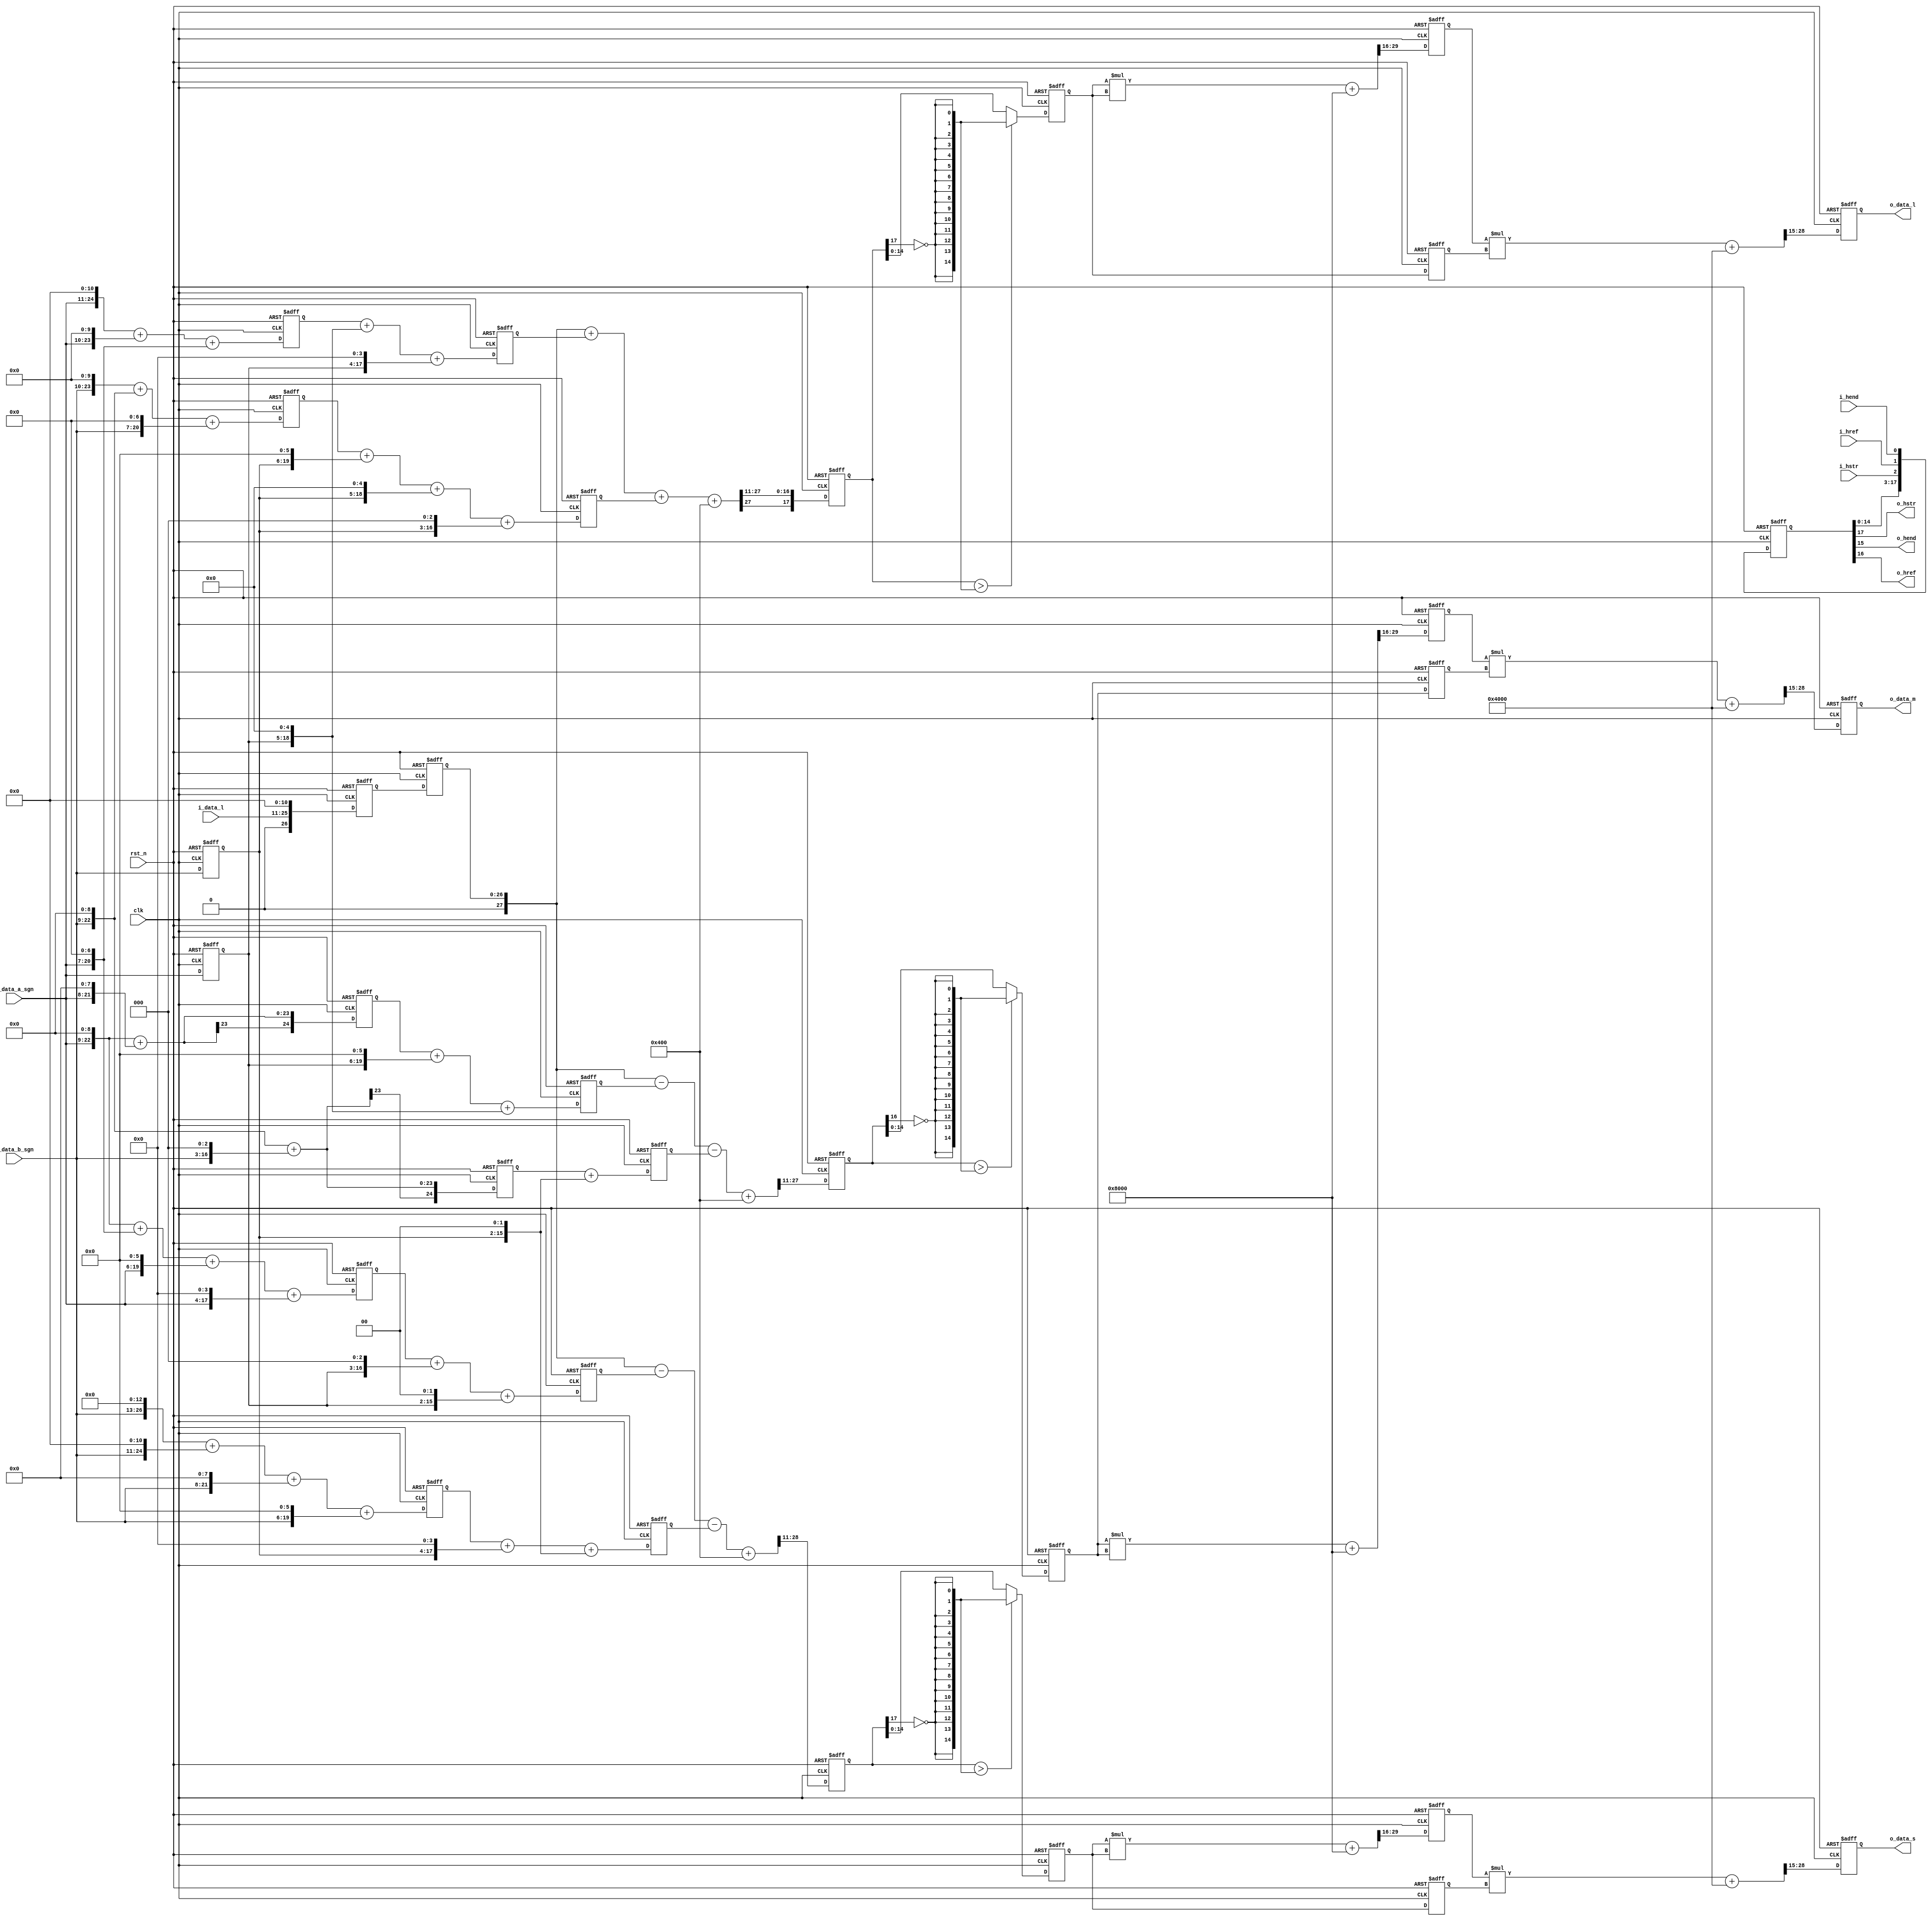
// +FHDR -----------------------------------------------------------------------
// Copyright (c) Silicon Optronics. Inc. 2022
//
//                      2.Martin Chen 
//                      3.Humphrey Lin
// Version:             1.0
//
// File Description:    OKLAB to LMS Converter
// Abbreviations:
// Parameters:          PRECISION:       S 3.11
// Data precision :     input  : L     :   0.15
//                               AB    : S 0.13
//                               LMS   :   0.15
//                               mul_1 :   0.14
//                               mul_2 :   8.6
//                      outupt :           8.6
// Consuming time :     6T  
// -FHDR -----------------------------------------------------------------------

module ip_oklab2lms 
   #(
    parameter CIIW_L    = 0,                //LAB-L Accuracy Input Integer Width   //Accuracy can be reduced , but not improved 
    parameter CIPW_L    = 15,               //LAB-L Accuracy Input Point Width     //Accuracy can be reduced , but not improved 
    parameter CIIW_AB   = 1,                //LAB-AB Accuracy Input Integer Width  //Accuracy can be reduced , but not improved 
    parameter CIPW_AB   = 13,               //LAB-AB Accuracy Input Point Width    //Accuracy can be reduced , but not improved 
    parameter CIW_LMS   = 0,                //LMS Accuracy Input Integer Width     
    parameter CPW_LMS   = 15,               //LMS Accuracy Input Point Width       
    parameter CIW_L     = CIIW_L + CIPW_L,
    parameter CIW_AB    = CIIW_AB + CIPW_AB,
    parameter CIW_STG_1 = 0,                //stage1 multi Accuracy Integer Width  //Accuracy can be changed 
    parameter CPW_STG_1 = 14,               //stage1 multi Accuracy Point Width    //Accuracy can be changed 
    parameter COIW      = 8,                //LMS Accuracy Output Integer Width    //Accuracy can be reduced , but not improved 
    parameter COPW      = 6,                //LMS Accuracy Output Point Width      //Accuracy can be reduced , but not improved 
    parameter COW       = COIW + COPW
    )
(
    
//----------------------------------------------//
// Output declaration                           //
//----------------------------------------------//
output reg   [COW-1:0]    o_data_l,
output reg   [COW-1:0]    o_data_m,
output reg   [COW-1:0]    o_data_s,
output                    o_hstr,
output                    o_hend,
output                    o_href,

//----------------------------------------------//
// Input declaration                            //
//----------------------------------------------//
input        [CIW_L-1:0]  i_data_l,
input signed [CIW_AB-1:0] i_data_a_sgn,
input signed [CIW_AB-1:0] i_data_b_sgn,
input                     i_hstr,
input                     i_hend,
input                     i_href,
input                     clk,
input                     rst_n
);

//----------------------------------------------//
// Local parameter                              //
//----------------------------------------------//
localparam          CIPW_LAB_FIX = (CIPW_L > CIPW_AB) ? CIPW_L : CIPW_AB;
localparam [4:0]    CW_LMS       = CIW_LMS + CPW_LMS;                        //total precision for lms
localparam [4:0]    SHIFT_BIT    = (11 + CIPW_LAB_FIX -CPW_LMS);             //CIPW_L and CIPW_AB will be fix

localparam [4:0]    CW_PART_1    = CIW_STG_1 + CPW_STG_1;                    //total precision for state1 multi

localparam [COW:0]  MAX_NUM      = (2**COW);

localparam [3:0]    QUE_NUM      = 6;
localparam [4:0]    QUE_TOL      = (QUE_NUM)*3-1;

localparam [2:0]    SHIFT_BIT_L  = CIPW_LAB_FIX - CIPW_L;
localparam [2:0]    SHIFT_BIT_AB = CIPW_LAB_FIX - CIPW_AB;

localparam          L_SFT_MSB    = 14 +CIW_L-SHIFT_BIT;
localparam          M_SFT_MSB    = 14 +CIW_AB-SHIFT_BIT;
localparam          S_SFT_MSB    = 15 +CIW_AB-SHIFT_BIT;

//----------------------------------------------//
// Wire declaration                             //
//----------------------------------------------//
//-------------------------------------------------------------------------------------------- common
reg         [CIW_L-1:0]                          i_data_l_q0;
reg  signed [CIW_AB-1:0]                         i_data_a_sgn_q0;
reg  signed [CIW_AB-1:0]                         i_data_b_sgn_q0;

//-------------------------------------------------------------------------------------------- color convert
reg         [12+CIPW_LAB_FIX+CIIW_L  -1: 0]      l_x2048_part_1;                   // CIPW_L and CIPW_AB will be fix
reg  signed [11+CIPW_LAB_FIX+CIIW_AB -1: 0]      a_x812_sgn_part_1;
reg  signed [10+CIPW_LAB_FIX+CIIW_AB -1: 0]      b_x442_sgn_part_1;
wire        [12+CIPW_LAB_FIX+CIIW_L  -1: 0]      l_x2048_part_1_nxt;               // CIPW_L and CIPW_AB will be fix
wire signed [11+CIPW_LAB_FIX+CIIW_AB -1: 0]      a_x812_sgn_part_1_nxt;
wire signed [10+CIPW_LAB_FIX+CIIW_AB -1: 0]      b_x442_sgn_part_1_nxt;
reg         [12+CIPW_LAB_FIX+CIIW_L  -1: 0]      l_x2048;                          // CIPW_L and CIPW_AB will be fix
wire        [12+CIPW_LAB_FIX+CIIW_L  -1: 0]      l_x2048_nxt;                      // CIPW_L and CIPW_AB will be fix
wire signed [13+CIPW_LAB_FIX+CIIW_L  -1: 0]      l_x2048_sgn;
reg  signed [11+CIPW_LAB_FIX+CIIW_AB -1: 0]      a_x812_sgn;
reg  signed [10+CIPW_LAB_FIX+CIIW_AB -1: 0]      b_x442_sgn;
wire signed [11+CIPW_LAB_FIX+CIIW_AB -1: 0]      a_x812_sgn_nxt;
wire signed [10+CIPW_LAB_FIX+CIIW_AB -1: 0]      b_x442_sgn_nxt;
wire signed [SHIFT_BIT:0]                        l_x2048_rnd_sgn;
reg  signed [L_SFT_MSB-1 :0]                     l_x2048_sft_sgn;
wire signed [L_SFT_MSB-1 :0]                     l_x2048_sft_sgn_nxt;
wire                                             l_x2048_bdy;

reg  signed [9 +CIPW_LAB_FIX+CIIW_AB -1: 0]      a_x216_sgn_part_1;
reg  signed [9 +CIPW_LAB_FIX+CIIW_AB -1: 0]      b_x131_sgn_part_1;
wire signed [9 +CIPW_LAB_FIX+CIIW_AB -1: 0]      a_x216_sgn_part_1_nxt;
wire signed [9 +CIPW_LAB_FIX+CIIW_AB -1: 0]      b_x131_sgn_part_1_nxt;
reg  signed [9 +CIPW_LAB_FIX+CIIW_AB -1: 0]      a_x216_sgn;
reg  signed [9 +CIPW_LAB_FIX+CIIW_AB -1: 0]      b_x131_sgn;
wire signed [9 +CIPW_LAB_FIX+CIIW_AB -1: 0]      a_x216_sgn_nxt;
wire signed [9 +CIPW_LAB_FIX+CIIW_AB -1: 0]      b_x131_sgn_nxt;
wire signed [SHIFT_BIT  :0]                      m_x2048_rnd_sgn;
reg  signed [M_SFT_MSB-1 :0]                     m_x2048_sft_sgn;
wire signed [M_SFT_MSB-1 :0]                     m_x2048_sft_sgn_nxt;
wire                                             m_x2048_bdy;

reg  signed [9 +CIPW_LAB_FIX+CIIW_AB -1: 0]      a_x183_sgn_part_1;
reg  signed [13+CIPW_LAB_FIX+CIIW_AB -1: 0]      b_x2645_sgn_part_1;
wire signed [9 +CIPW_LAB_FIX+CIIW_AB -1: 0]      a_x183_sgn_part_1_nxt;
wire signed [13+CIPW_LAB_FIX+CIIW_AB -1: 0]      b_x2645_sgn_part_1_nxt;
reg  signed [9 +CIPW_LAB_FIX+CIIW_AB -1: 0]      a_x183_sgn;
reg  signed [13+CIPW_LAB_FIX+CIIW_AB -1: 0]      b_x2645_sgn;
wire signed [9 +CIPW_LAB_FIX+CIIW_AB -1: 0]      a_x183_sgn_nxt;
wire signed [13+CIPW_LAB_FIX+CIIW_AB -1: 0]      b_x2645_sgn_nxt;
wire signed [SHIFT_BIT  :0]                      s_x2048_rnd_sgn;
reg  signed [S_SFT_MSB -1 :0]                    s_x2048_sft_sgn;
wire signed [S_SFT_MSB -1 :0]                    s_x2048_sft_sgn_nxt;
wire                                             s_x2048_bdy;

//-------------------------------------------------------------------------------------------- cubic calculation 
wire        [CPW_LMS*2-1 :0]                     stg_1_rnd;
wire        [CPW_STG_1+CPW_LMS-1 :0]             stg_2_rnd;

wire        [CW_LMS-1 :0]                        l_mul_stg_0_nxt;
wire        [CW_LMS-1 :0]                        m_mul_stg_0_nxt;
wire        [CW_LMS-1 :0]                        s_mul_stg_0_nxt;
reg         [CW_LMS-1 :0]                        l_mul_stg_0;
reg         [CW_LMS-1 :0]                        m_mul_stg_0;
reg         [CW_LMS-1 :0]                        s_mul_stg_0;
reg         [CW_LMS-1 :0]                        l_mul_stg_0_q;
reg         [CW_LMS-1 :0]                        m_mul_stg_0_q;
reg         [CW_LMS-1 :0]                        s_mul_stg_0_q;

wire        [CW_LMS+CW_LMS-1 :0]                 l_mul_part_1;
wire        [CW_LMS+CW_LMS-1 :0]                 m_mul_part_1;
wire        [CW_LMS+CW_LMS-1 :0]                 s_mul_part_1;

reg         [CW_PART_1-1 :0]                     l_mul_part_1_pt; 
reg         [CW_PART_1-1 :0]                     m_mul_part_1_pt; 
reg         [CW_PART_1-1 :0]                     s_mul_part_1_pt;

wire        [CW_PART_1-1 :0]                     l_mul_part_1_pt_nxt; 
wire        [CW_PART_1-1 :0]                     m_mul_part_1_pt_nxt; 
wire        [CW_PART_1-1 :0]                     s_mul_part_1_pt_nxt; 

wire        [CW_PART_1 +CW_LMS-1 :0]             l_mul; 
wire        [CW_PART_1 +CW_LMS-1 :0]             m_mul; 
wire        [CW_PART_1 +CW_LMS-1 :0]             s_mul; 

//-------------------------------------------------------------------------------------------- output
wire        [COW-1 :0]                           o_data_l_nxt; 
wire        [COW-1 :0]                           o_data_m_nxt; 
wire        [COW-1 :0]                           o_data_s_nxt; 

reg         [QUE_TOL:0]                          out_que;
wire        [QUE_TOL:0]                          out_que_nxt;
//----------------------------------------------//
// Code Descriptions                            //
//----------------------------------------------//
//-------------------------------------------------------------------------------------------- common


//-------------------------------------------------------------------------------------------- color convert
// 11 bit precision
// L = 1*L+ 0.396484375*a + 0.2158203125*b
// L = (2048/2048)*L+ (812/2048)*a + (442/2048)*b

assign  l_x2048_part_1_nxt     = (i_data_l <<(11 +SHIFT_BIT_L));
assign  a_x812_sgn_part_1_nxt  = (i_data_a_sgn <<(9 +SHIFT_BIT_AB)) + (i_data_a_sgn <<(8 +SHIFT_BIT_AB))    + (i_data_a_sgn <<(5 +SHIFT_BIT_AB));
assign  b_x442_sgn_part_1_nxt  = (i_data_b_sgn <<(8 +SHIFT_BIT_AB)) + (i_data_b_sgn <<(7 +SHIFT_BIT_AB))    + (i_data_b_sgn <<(5 +SHIFT_BIT_AB));

assign  l_x2048_nxt            = l_x2048_part_1;
assign  a_x812_sgn_nxt         = a_x812_sgn_part_1                  + (i_data_a_sgn_q0 <<(3 +SHIFT_BIT_AB)) + (i_data_a_sgn_q0 <<(2 +SHIFT_BIT_AB));
assign  b_x442_sgn_nxt         = b_x442_sgn_part_1                  + (i_data_b_sgn_q0 <<(4 +SHIFT_BIT_AB)) + (i_data_b_sgn_q0 <<(3 +SHIFT_BIT_AB)) + 
                                 (i_data_b_sgn_q0 <<(1 +SHIFT_BIT_AB));

assign  l_x2048_sgn            = $signed({1'b0,l_x2048});
assign  l_x2048_rnd_sgn        = $signed({1'b0,1'b1,{(SHIFT_BIT -1){1'b0}}});
assign  l_x2048_sft_sgn_nxt    = $signed(l_x2048_sgn + a_x812_sgn + b_x442_sgn + l_x2048_rnd_sgn) >>> SHIFT_BIT;
assign  l_x2048_bdy            = l_x2048_sft_sgn > $unsigned({CW_LMS{!l_x2048_sft_sgn[L_SFT_MSB-1]}});                       //boundary //compare to msb 
assign  l_mul_stg_0_nxt        = (l_x2048_bdy ? {CW_LMS{!l_x2048_sft_sgn[L_SFT_MSB-1]}} : $unsigned(l_x2048_sft_sgn));       //0~255 //maybe overflow or underflow 
                    
// M = 1*L+ -0.10546875*a + -0.06396484375*b
// M = (2048/2048)*L+ (-216/2048)*a + (-131/2048)*b

assign  a_x216_sgn_part_1_nxt  = (i_data_a_sgn <<(7 +SHIFT_BIT_AB)) + (i_data_a_sgn <<(6 +SHIFT_BIT_AB));
assign  b_x131_sgn_part_1_nxt  = (i_data_b_sgn <<(7 +SHIFT_BIT_AB)) + (i_data_b_sgn <<(1 +SHIFT_BIT_AB));

assign  a_x216_sgn_nxt         = a_x216_sgn_part_1                  + (i_data_a_sgn_q0 <<(4 +SHIFT_BIT_AB)) + (i_data_a_sgn_q0 <<(3 +SHIFT_BIT_AB));
assign  b_x131_sgn_nxt         = b_x131_sgn_part_1                  + (i_data_b_sgn_q0 <<(SHIFT_BIT_AB)) ;

assign  m_x2048_rnd_sgn        = $signed({1'b0,1'b1,{(SHIFT_BIT -1){1'b0}}});
assign  m_x2048_sft_sgn_nxt    = $signed(l_x2048_sgn - a_x216_sgn - b_x131_sgn + m_x2048_rnd_sgn) >>> SHIFT_BIT;
assign  m_x2048_bdy            = m_x2048_sft_sgn > $unsigned({CW_LMS{!m_x2048_sft_sgn[M_SFT_MSB-1]}});                       //boundary 
assign  m_mul_stg_0_nxt        = (m_x2048_bdy ? {CW_LMS{!m_x2048_sft_sgn[M_SFT_MSB-1]}} : $unsigned(m_x2048_sft_sgn));       //0~255 //maybe overflow or underflow 

// S = 1*L+ -0.08935546875*a + -1.29150390625*b
// S = (2048/2048)*L+ (-183/2048)*a + (-2645/2048)*b

assign  a_x183_sgn_part_1_nxt  = (i_data_a_sgn <<(7 +SHIFT_BIT_AB))  + (i_data_a_sgn <<(5 +SHIFT_BIT_AB))    + (i_data_a_sgn <<(4 +SHIFT_BIT_AB)) + (i_data_a_sgn <<(2 +SHIFT_BIT_AB));
assign  b_x2645_sgn_part_1_nxt = (i_data_b_sgn <<(11 +SHIFT_BIT_AB)) + (i_data_b_sgn <<(9 +SHIFT_BIT_AB))    + (i_data_b_sgn <<(6 +SHIFT_BIT_AB)) + (i_data_b_sgn <<(4 +SHIFT_BIT_AB));
  
assign  a_x183_sgn_nxt         = a_x183_sgn_part_1                   + (i_data_a_sgn_q0 <<(1 +SHIFT_BIT_AB)) + (i_data_a_sgn_q0 <<(SHIFT_BIT_AB));
assign  b_x2645_sgn_nxt        = b_x2645_sgn_part_1                  + (i_data_b_sgn_q0 <<(2 +SHIFT_BIT_AB)) + (i_data_b_sgn_q0 <<(SHIFT_BIT_AB));

assign  s_x2048_rnd_sgn        = $signed({1'b0,1'b1,{(SHIFT_BIT -1){1'b0}}});
assign  s_x2048_sft_sgn_nxt    = $signed(l_x2048_sgn - a_x183_sgn - b_x2645_sgn + s_x2048_rnd_sgn) >>> SHIFT_BIT;
assign  s_x2048_bdy            = s_x2048_sft_sgn > $unsigned({CW_LMS{!s_x2048_sft_sgn[S_SFT_MSB-1]}});                      //boundary 
assign  s_mul_stg_0_nxt        = (s_x2048_bdy ? {CW_LMS{!s_x2048_sft_sgn[S_SFT_MSB-1]}} : $unsigned(s_x2048_sft_sgn));      //0~255 //maybe overflow or underflow 

//-------------------------------------------------------------------------------------------- cubic calculation 
assign stg_1_rnd               = 1'b1 << (CPW_LMS*2-CPW_STG_1-1);
assign stg_2_rnd               = 1'b1 << (CPW_STG_1+CPW_LMS-COW-1); //COPW

assign l_mul_part_1            = l_mul_stg_0 * l_mul_stg_0 + stg_1_rnd; 
assign l_mul_part_1_pt_nxt     = l_mul_part_1[CW_LMS+CW_LMS-1 -: CW_PART_1]; //0.14
assign l_mul                   = l_mul_part_1_pt * l_mul_stg_0_q + stg_2_rnd;      
assign o_data_l_nxt            = l_mul[CW_PART_1 +CW_LMS-1 -: COW];   //0.14 //-2

assign m_mul_part_1            = m_mul_stg_0 * m_mul_stg_0 + stg_1_rnd; 
assign m_mul_part_1_pt_nxt     = m_mul_part_1[CW_LMS+CW_LMS-1 -: CW_PART_1]; //0.14
assign m_mul                   = m_mul_part_1_pt * m_mul_stg_0_q + stg_2_rnd;
assign o_data_m_nxt            = m_mul[CW_PART_1 +CW_LMS-1 -: COW];   //0.14 //-2

assign s_mul_part_1            = s_mul_stg_0 * s_mul_stg_0 + stg_1_rnd; 
assign s_mul_part_1_pt_nxt     = s_mul_part_1[CW_LMS+CW_LMS-1 -: CW_PART_1]; //0.14
assign s_mul                   = s_mul_part_1_pt * s_mul_stg_0_q + stg_2_rnd; 
assign o_data_s_nxt            = s_mul[CW_PART_1 +CW_LMS-1 -: COW];   //0.14 //-2

//-------------------------------------------------------------------------------------------- output 
assign out_que_nxt             = {out_que[QUE_TOL:0] , i_hstr,i_href,i_hend};
assign o_hstr                  = out_que[QUE_TOL];
assign o_href                  = out_que[QUE_TOL-1];
assign o_hend                  = out_que[QUE_TOL-2];

always@(posedge clk or negedge rst_n)begin
    if (!rst_n) begin
        i_data_l_q0        <= 0;
        i_data_a_sgn_q0    <= 0;
        i_data_b_sgn_q0    <= 0;

//-------------------------------------------------------------------------------------------- color convert
        l_x2048_part_1     <= 0;
        a_x812_sgn_part_1  <= 0;
        b_x442_sgn_part_1  <= 0;
        l_x2048            <= 0;
        a_x812_sgn         <= 0;
        b_x442_sgn         <= 0;

        a_x216_sgn_part_1  <= 0;
        b_x131_sgn_part_1  <= 0;
        a_x216_sgn         <= 0;
        b_x131_sgn         <= 0;
        
        a_x183_sgn_part_1  <= 0;
        b_x2645_sgn_part_1 <= 0;
        a_x183_sgn         <= 0;
        b_x2645_sgn        <= 0;
        
        l_x2048_sft_sgn    <= 0;
        m_x2048_sft_sgn    <= 0;
        s_x2048_sft_sgn    <= 0;
        
//-------------------------------------------------------------------------------------------- cubic calculation 
        l_mul_stg_0        <= 0;
        m_mul_stg_0        <= 0;
        s_mul_stg_0        <= 0;
        l_mul_stg_0_q      <= 0;
        m_mul_stg_0_q      <= 0;
        s_mul_stg_0_q      <= 0;    
        l_mul_part_1_pt    <= 0;
        m_mul_part_1_pt    <= 0;
        s_mul_part_1_pt    <= 0;
        
//-------------------------------------------------------------------------------------------- output
        o_data_l           <= 0;
        o_data_m           <= 0;
        o_data_s           <= 0;
        out_que            <= 0;

    end
    else begin
        i_data_l_q0        <= i_data_l;
        i_data_a_sgn_q0    <= i_data_a_sgn;
        i_data_b_sgn_q0    <= i_data_b_sgn;
        
//-------------------------------------------------------------------------------------------- color convert
        l_x2048_part_1     <= l_x2048_part_1_nxt;
        a_x812_sgn_part_1  <= a_x812_sgn_part_1_nxt;
        b_x442_sgn_part_1  <= b_x442_sgn_part_1_nxt; 
        l_x2048            <= l_x2048_nxt;
        a_x812_sgn         <= a_x812_sgn_nxt; 
        b_x442_sgn         <= b_x442_sgn_nxt; 

        a_x216_sgn_part_1  <= a_x216_sgn_part_1_nxt; 
        b_x131_sgn_part_1  <= b_x131_sgn_part_1_nxt; 
        a_x216_sgn         <= a_x216_sgn_nxt; 
        b_x131_sgn         <= b_x131_sgn_nxt; 
        
        a_x183_sgn_part_1  <= a_x183_sgn_part_1_nxt; 
        b_x2645_sgn_part_1 <= b_x2645_sgn_part_1_nxt;
        a_x183_sgn         <= a_x183_sgn_nxt; 
        b_x2645_sgn        <= b_x2645_sgn_nxt;

        l_x2048_sft_sgn    <= l_x2048_sft_sgn_nxt;
        m_x2048_sft_sgn    <= m_x2048_sft_sgn_nxt;
        s_x2048_sft_sgn    <= s_x2048_sft_sgn_nxt;
        
//-------------------------------------------------------------------------------------------- cubic calculation 
        l_mul_stg_0        <= l_mul_stg_0_nxt;
        m_mul_stg_0        <= m_mul_stg_0_nxt;
        s_mul_stg_0        <= s_mul_stg_0_nxt;
        l_mul_stg_0_q      <= l_mul_stg_0;
        m_mul_stg_0_q      <= m_mul_stg_0;
        s_mul_stg_0_q      <= s_mul_stg_0; 
        l_mul_part_1_pt    <= l_mul_part_1_pt_nxt;
        m_mul_part_1_pt    <= m_mul_part_1_pt_nxt;
        s_mul_part_1_pt    <= s_mul_part_1_pt_nxt;
        
//-------------------------------------------------------------------------------------------- output
        o_data_l           <= o_data_l_nxt;
        o_data_m           <= o_data_m_nxt;
        o_data_s           <= o_data_s_nxt;
        out_que            <= out_que_nxt;
        
    end
end
endmodule